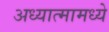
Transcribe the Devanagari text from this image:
अध्यात्मामध्ये